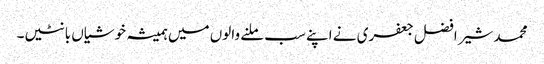
محمد شیر افضل جعفری نے اپنے سب ملنے والوں میں ہمیشہ خوشیاں بانٹیں۔